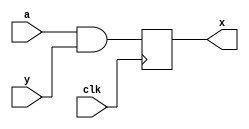
module C(
   x,
   clk, a, y
   );
   input clk;
   input a, y;
   output reg x ;
   always @(posedge clk) begin
     x <= a & y;
   end
endmodule